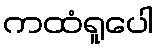
ကထံရူပေါ